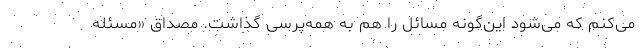
می‌کنم که می‌شود این‌گونه مسائل را هم به همه‌پرسی گذاشت. مصداق «مسئله